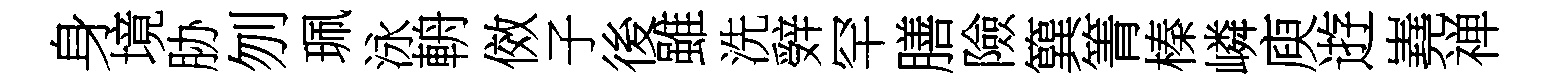
身境胁刎珮泳輈傚子後雖洗辤罕膳險簨箐榛嶙庾逰嶤禅